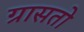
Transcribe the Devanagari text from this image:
ग्रासतो